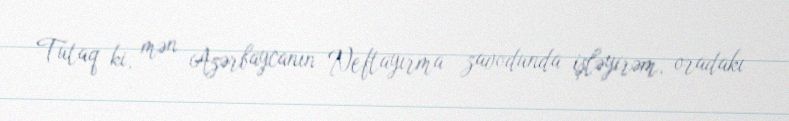
Tutaq ki, mən Azərbaycanın Neftayırma zavodunda işləyirəm, oradakı